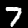
Label: 7